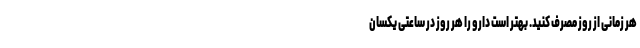
هر زمانی از روز مصرف کنید. بهتر است دارو را هر روز در ساعتی یکسان